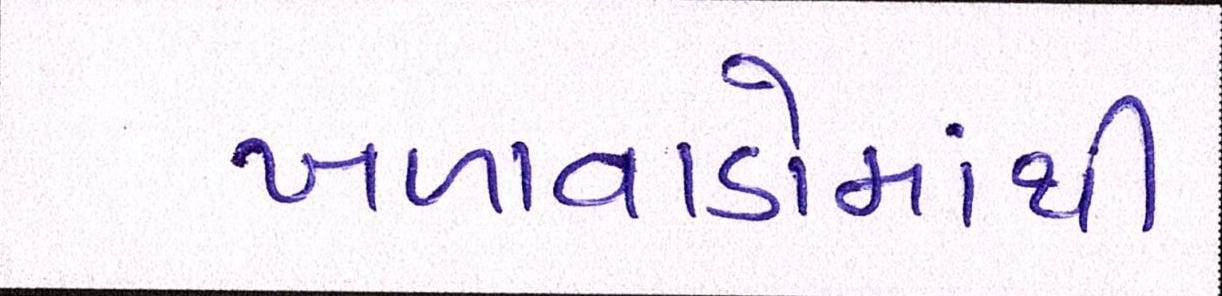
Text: ખળાવાડોમાંથી